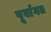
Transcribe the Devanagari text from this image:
पूर्वागत